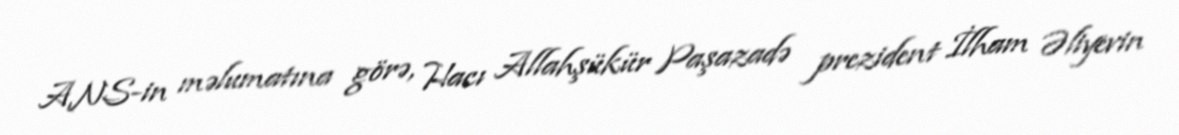
ANS-in məlumatına görə, Hacı Allahşükür Paşazadə prezident İlham Əliyevin